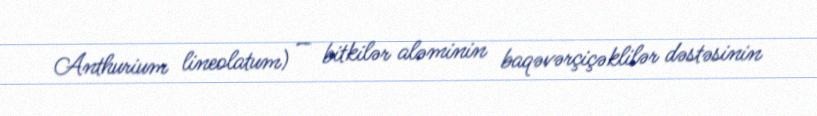
Anthurium lineolatum) — bitkilər aləminin baqəvərçiçəklilər dəstəsinin